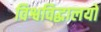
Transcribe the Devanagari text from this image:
विश्वविद्धालयों